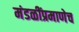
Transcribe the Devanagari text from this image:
मंडळींप्रमाणेच